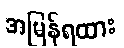
အမြန်ရထား